Report of an investigation into the causes of malaria in Bombay and the measures necessary for its control
Disease focus: Malaria
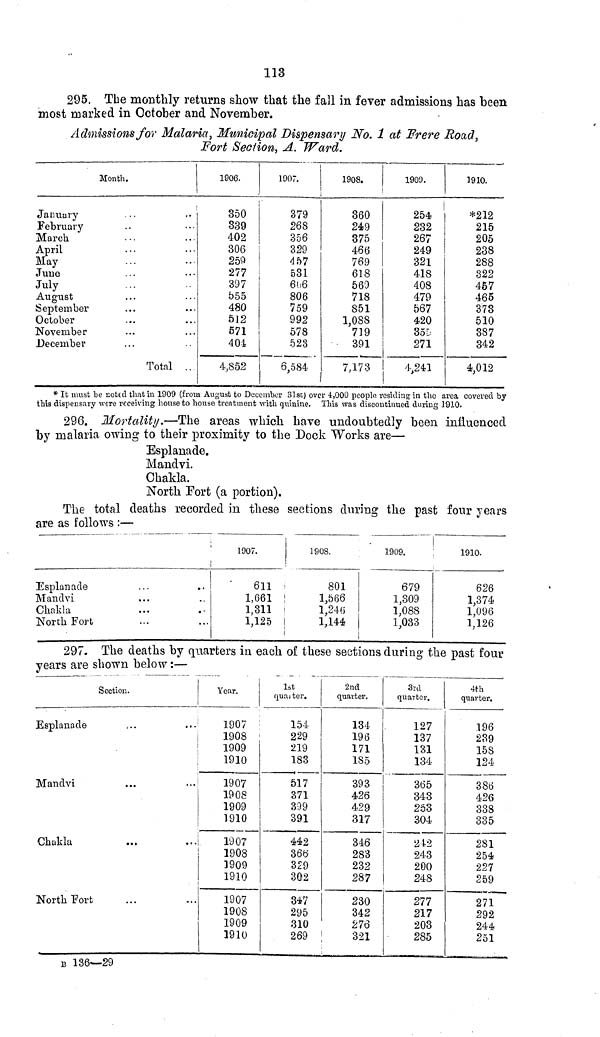
113
295. The monthly returns show that the fall in fever admissions has been
most marked in October and November.
Admissions for Malaria, Municipal Dispensary No. 1 at Frere Road,
Fort Section, A. Ward.
Month.
January
February
March
April
May
June
July
August
September
October
November
December
Total ..
1906.
350
339
402
306
259
277
397
555
480
512
571
404
4,852
1907.
379
268
356
329
457
531
606
806
759
992
578
523
6,584
1908.
360
249
375
466
769
618
560
718
851
1,088
739
391
7,173
1909.
254
232
267
249
321
418
408
479
567
420
355
271
4,241
3910.
*212
215
205
238
288
322
457
465
373
510
387
342
4,012
* It must be noted that in 1909 (from August to December 31st) over 4,000 people residing in the area covered by
this dispensary were receiving house to house treatment with quinine. This was discontinued during 1910.
296. Mortality.—The areas which have undoubtedly been influenced
by malaria owing to their proximity to the Dock Works are—
Esplanade.
Mandvi.
Chakla.
North Fort (a portion).
The total deaths recorded in these sections during the past four years
are as follows :—
Esplanade
Mandvi
Chakla
North Fort
1907.
611
1,661
1,811
1,125
190S.
801
1,566
1,240
1,144
1909.
679
1,309
1,088
1,033
1910.
626
1,374
1,096
1,126
297. The deaths by quarters in each of these sections during the past four
years are shown below:—
Section.
Esplanade
Mandvi
Chakla
North Port
Year.
1907
1908
1909
1910
1907
1908
1909
1910
1907
1908
1909
1910
1907
1908
1909
1910
1st
quarter.
154
229
219
183
517
371
309
391
442
366
329
302
347
295
310
269
2nd
quarter.
134
196
171
185
393
426
429
317
346
283
232
287
230
342
276
321
3rd
quarter.
127
137
131
134
365
343
253
304
212
243
200
248
277
217
203
285
4th
quarter.
196
239
158
124
386
426
338
335
281
254
227
259
271
292
244
251
B 136—29